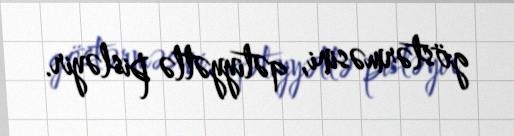
göstərməsini, qətiyyətlə pisləyir.